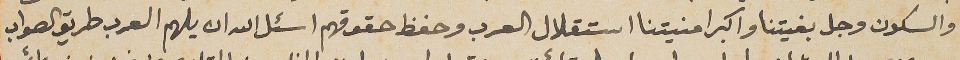
والسكون وجل بغيتنا واكبر امنيتنا استقلال العرب وحفظ حقوقهم اسئل الله ان يلهم العرب طريق الصواب